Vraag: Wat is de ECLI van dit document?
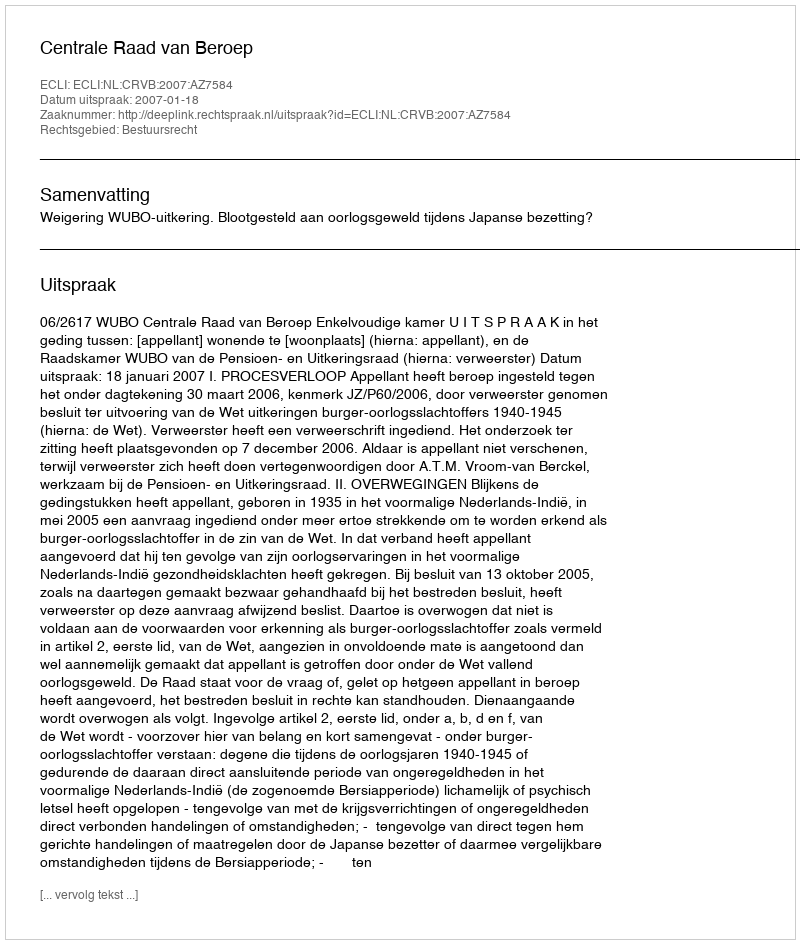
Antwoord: ECLI:NL:CRVB:2007:AZ7584